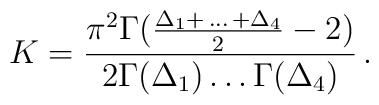
K = \frac{\pi^2 \Gamma(\frac{\Delta_1 + \, \ldots \,+\Delta_4}{2} - 2)}{2 \Gamma(\Delta_1) \ldots \Gamma(\Delta_4)} \,.